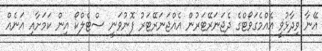
އޭނާ ވިދާޅުވީ އެއްމެގަވޯޓްގެ ދެޖަނަރޭޓަރުން އެއްޖަނަރޭޓަރު ފޮނުވަނީ ސްޓެލްކޯ އިން ކަމަށާއި އަނެއް